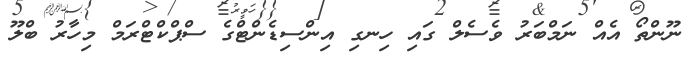
ނޫންތޯ އެއް ނަމްބަރު ވެސެލް ގައި ހިނގި އިންސިޑެންޓްގެ ސްޕްކްޓްރަމް މިހާރު ބްލޫ